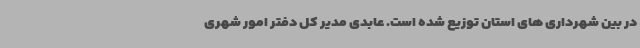
در بین شهرداری های استان توزیع شده است. عابدی مدیر کل دفتر امور شهری